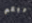
بربكم